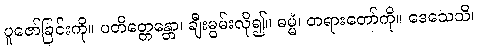
ပူဇော်ခြင်းကို။ ပတိတ္တေန္တော၊ ချီးမွမ်းလို၍။ ဓမ္မံ၊ တရားတော်ကို။ ဒေသေသိ၊